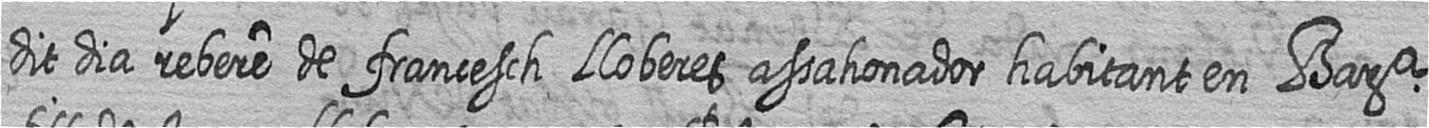
dit dia rebere de francesch Lloberes assahonador habitant en Bara